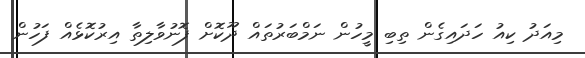
މިއަދު ކިއު ހަދައިގެން ތިބި މީހުން ނަމްބަރުތައް ދޫކޮށް ފޮނުވާލިތާ އިރުކޮޅެއް ފަހުން